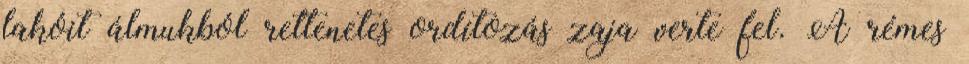
lakóit álmukból rettenetes ordítozás zaja verte fel. A rémes